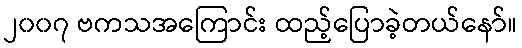
၂၀၀၇ ဗကသအကြောင်း ထည့်ပြောခဲ့တယ်နော်။